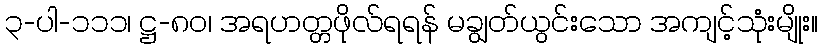
၃-ပါ-၁၁၁၊ ဋ္ဌ-၈၀၊ အရဟတ္တဖိုလ်ရရန် မချွတ်ယွင်းသော အကျင့်သုံးမျိုး။